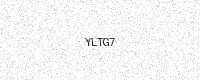
Text: YLTG7